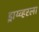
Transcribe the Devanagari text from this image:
ड्राय्व्हरला